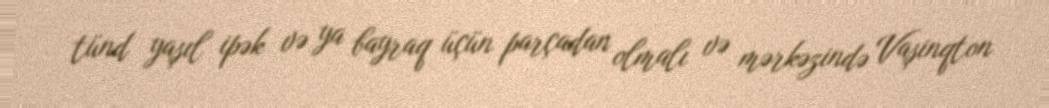
tünd yaşıl ipək və ya bayraq üçün parçadan olmalı və mərkəzində Vaşinqton